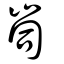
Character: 峝